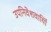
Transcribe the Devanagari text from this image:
उपनिवेशवायिों